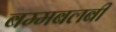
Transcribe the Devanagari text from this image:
बम्मबलबी